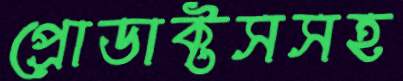
প্রোডাক্টসসহ